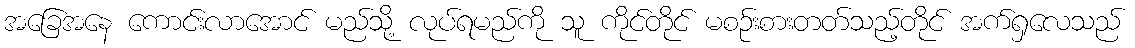
အခြေအနေ ကောင်းလာအောင် မည်သို့ လုပ်ရမည်ကို သူ ကိုင်တိုင် မစဉ်းစားတတ်သည့်တိုင် အက်ရှလေသည်